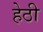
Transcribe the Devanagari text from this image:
हेठी